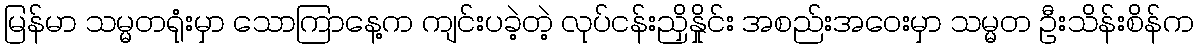
မြန်မာ သမ္မတရုံးမှာ သောကြာနေ့က ကျင်းပခဲ့တဲ့ လုပ်ငန်းညှိနှိုင်း အစည်းအဝေးမှာ သမ္မတ ဦးသိန်းစိန်က